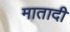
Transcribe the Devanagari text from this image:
मातादी